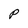
Character: P